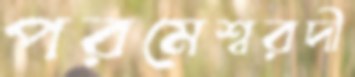
পরমেশ্বরদী